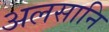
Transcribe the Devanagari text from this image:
अलसानि